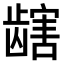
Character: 𫜯